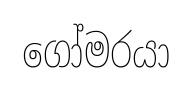
ගෝමරයා